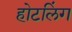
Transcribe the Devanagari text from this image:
होटलिंग